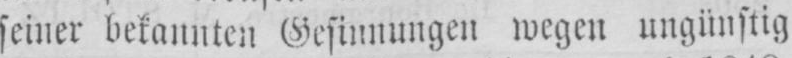
seiner bekannten Gesinnungen wegen ungünstig